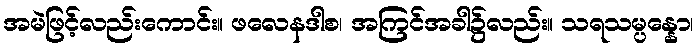
အမဲဖြင့်လည်းကောင်း။ ဖလေနဒါစ၊ အကြင်အခါ၌လည်း။ သရသမ္ပန္နော၊